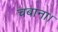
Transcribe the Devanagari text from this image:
चबाना।